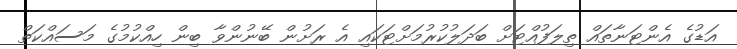
އަޑުގެ އެންޓަނާތައް ތިލަފުއްޓަށް ބަދަލުކުރުމަށްޓަކައި އެ ރަށުން ބޭނުންވާ ބިން ހިއްކުމުގެ މަސައްކަތް